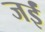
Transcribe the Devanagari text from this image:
जईं